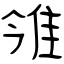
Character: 雂